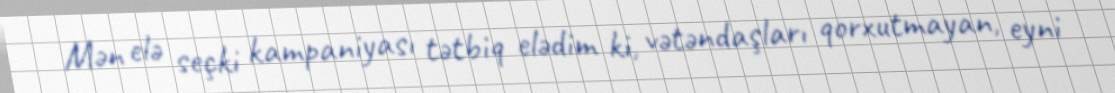
Mən elə seçki kampaniyası tətbiq elədim ki, vətəndaşları qorxutmayan, eyni